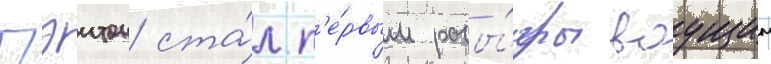
Пэитон ста́л п'е́рвым разы́грываущим